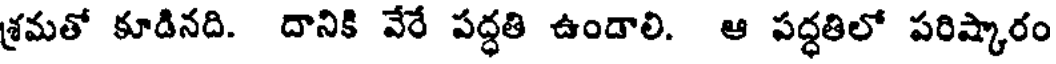
శ్రమతో కూడినది. దానికి వేరే పద్ధతి ఉండాలి. ఆ పద్ధతిలో పరిష్కారం